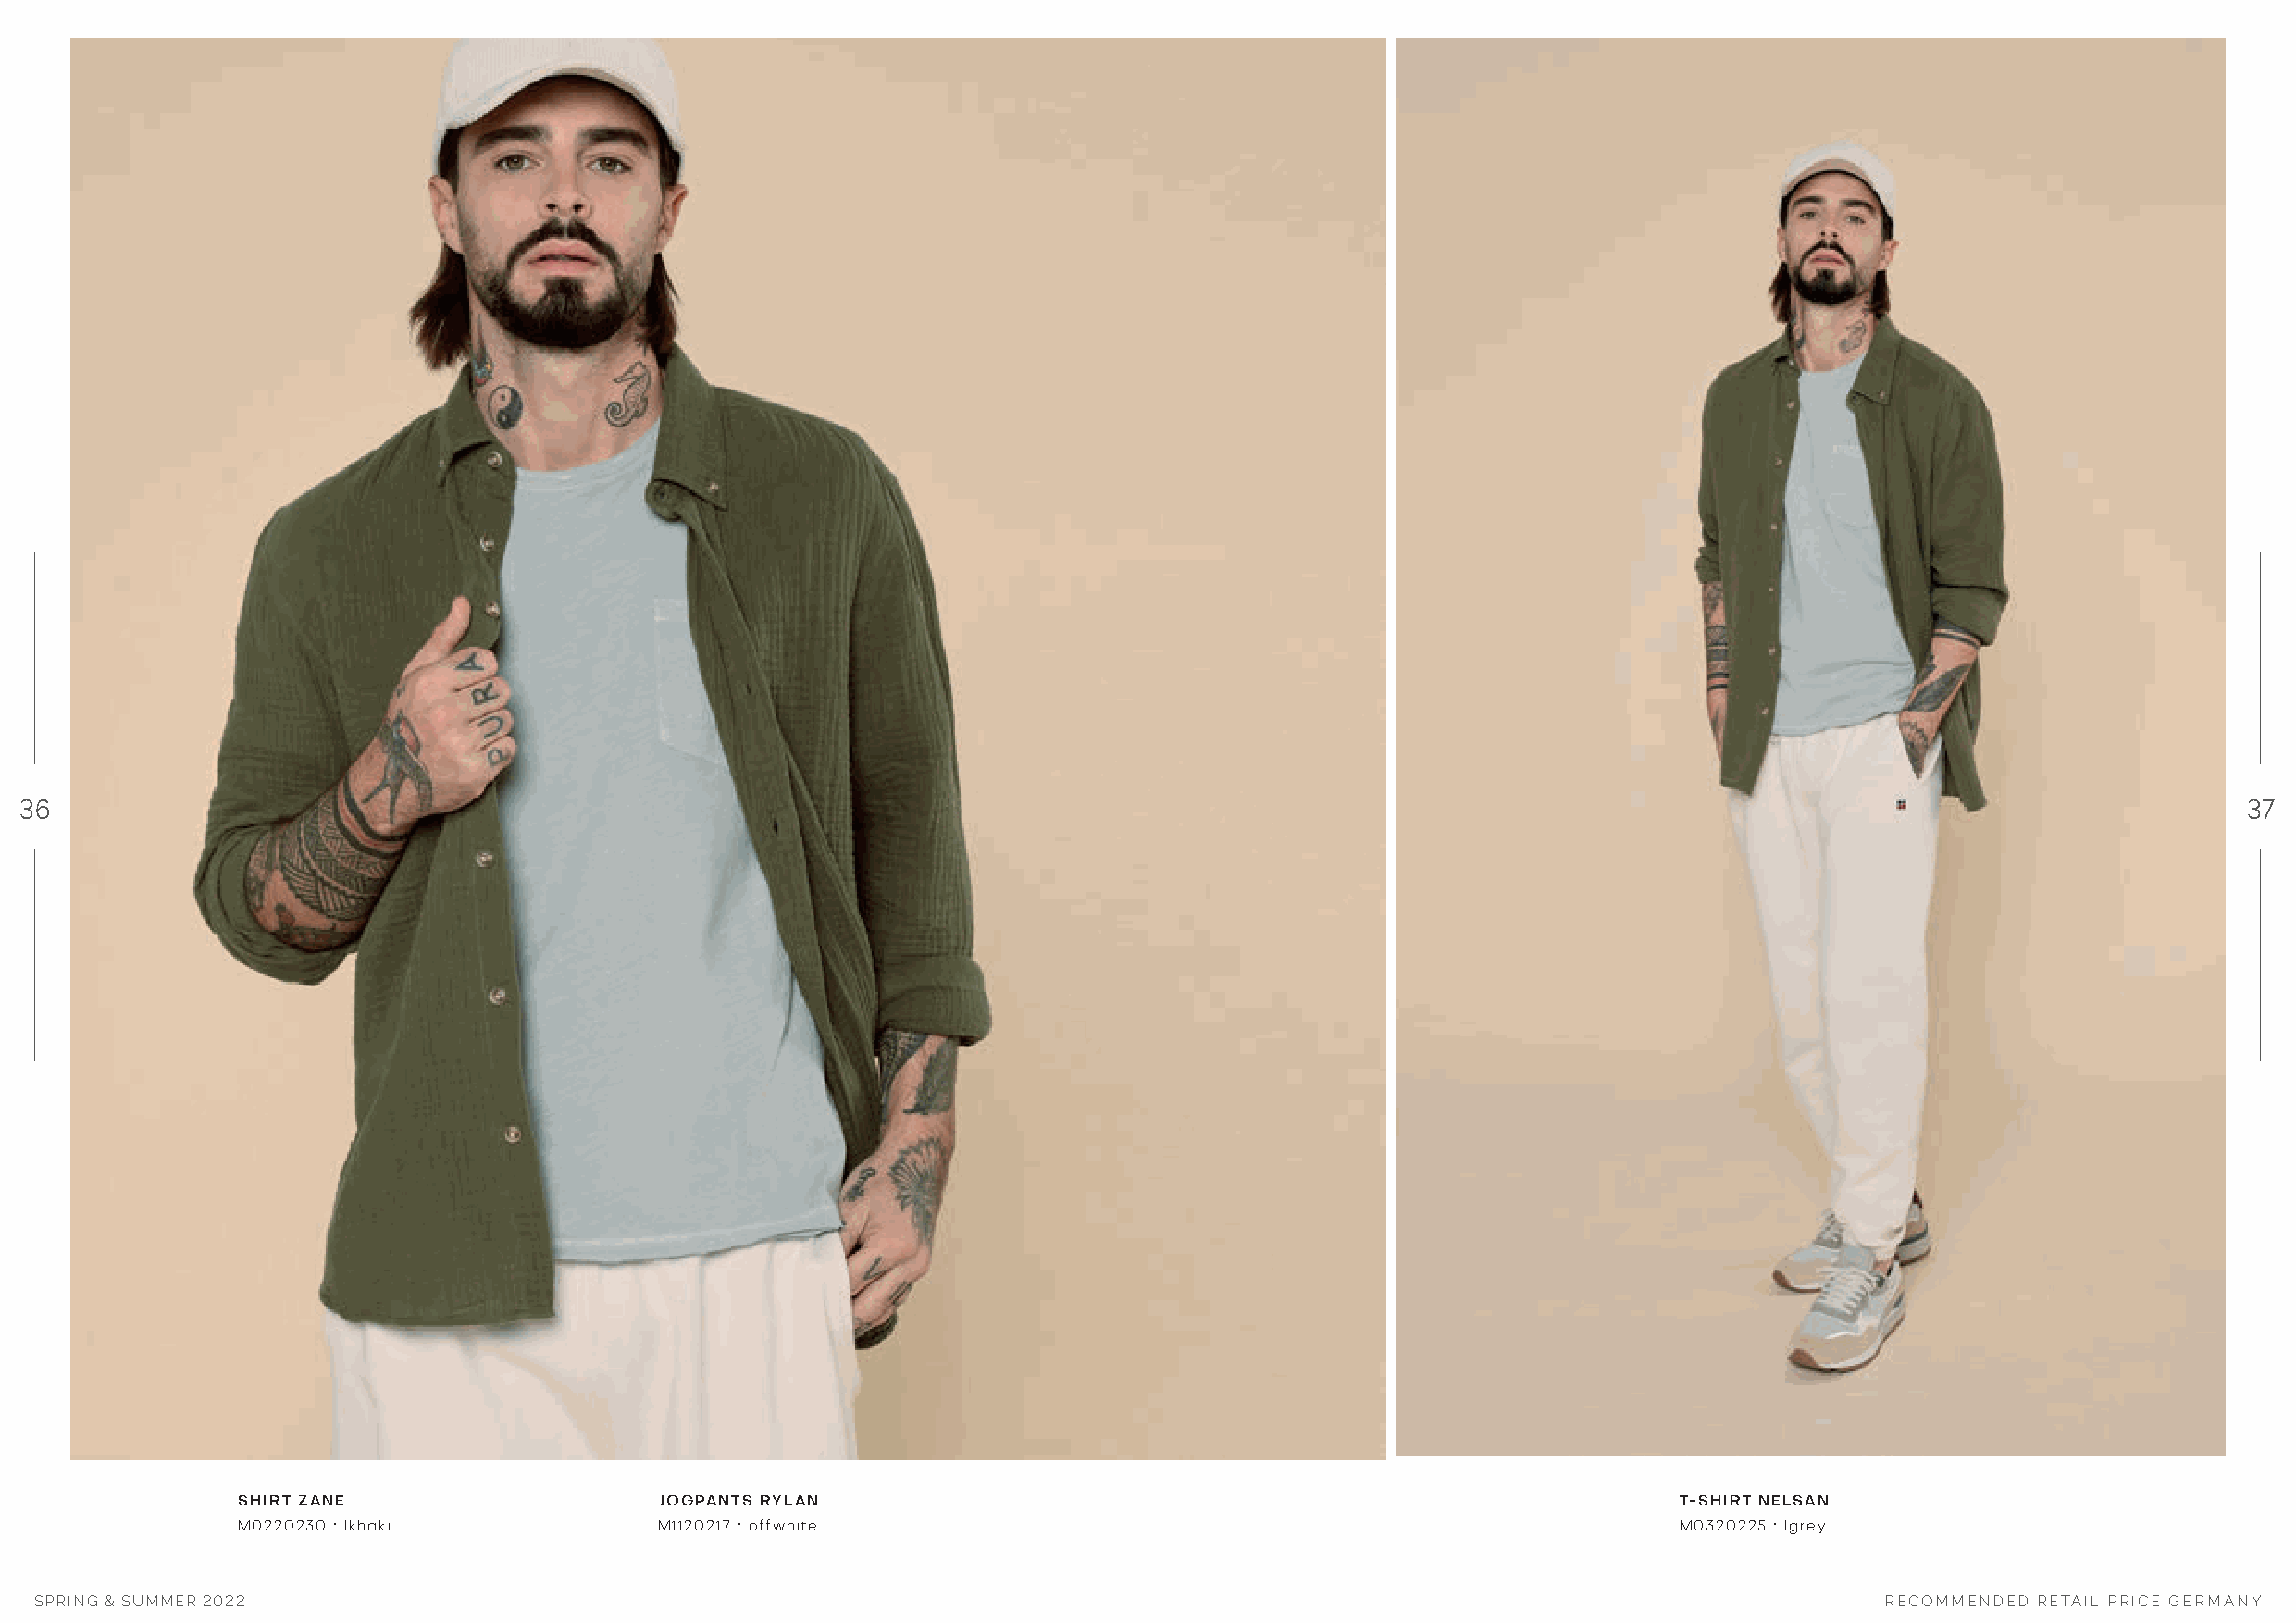
36                                                                                                                                                              37
 SHIRT ZANE                    JOGPANTS RYLAN                                                           T-SHIRT NELSAN
 M0220230 · lkhaki             M1120217 · offwhite                                                      M0320225 · lgrey
 SPRING & SUMMER 2022                                                                                                                 RECOMMENDED RETAIL PRICE GERMANY